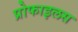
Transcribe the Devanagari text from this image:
प्रोफाइलस